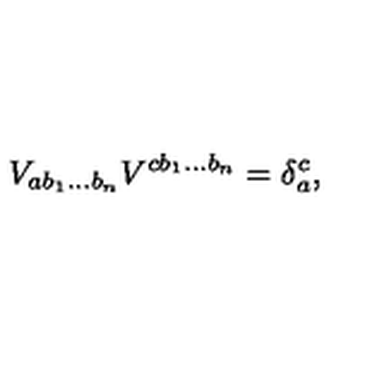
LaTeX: V _ { a b _ { 1 } \ldots b _ { n } } V ^ { c b _ { 1 } \ldots b _ { n } } = \delta _ { a } ^ { c } ,